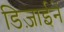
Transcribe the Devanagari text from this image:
डिज़ाईनें